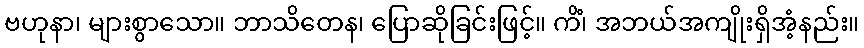
ဗဟုနာ၊ များစွာသော။ ဘာသိတေန၊ ပြောဆိုခြင်းဖြင့်။ ကိံ၊ အဘယ်အကျိုးရှိအံ့နည်း။